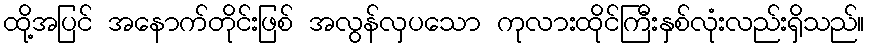
ထို့အပြင် အနောက်တိုင်းဖြစ် အလွန်လှပသော ကုလားထိုင်ကြီးနှစ်လုံးလည်းရှိသည်။